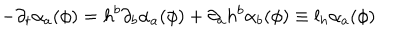
LaTeX: - \partial _ { t } \alpha _ { a } ( \phi ) = h ^ { b } \partial _ { b } \alpha _ { a } ( \phi ) + \partial _ { a } h ^ { b } \alpha _ { b } ( \phi ) \equiv l _ { h } \alpha _ { a } ( \phi )